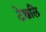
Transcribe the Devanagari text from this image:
टेक्कलि